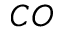
C O